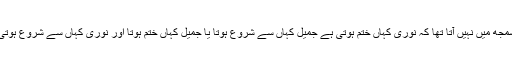
سمجھ میں نہیں آتا تھا کہ نوری کہاں ختم ہوتی ہے جمیل کہاں سے شروع ہوتا یا جمیل کہاں ختم ہوتا اور نوری کہاں سے شروع ہوتی۔